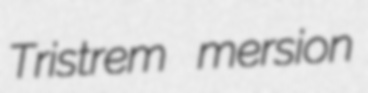
Tristrem mersion